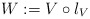
\begin{align*}W:=V\circ\l_V\end{align*}